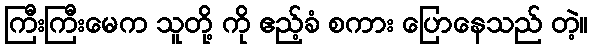
ကြီးကြီးမေက သူတို့ ကို ဧည့်ခံ စကား ပြောနေသည် တဲ့။